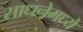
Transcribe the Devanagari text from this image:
साधनेमध्ये